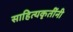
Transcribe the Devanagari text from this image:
साहित्यकृतींनी